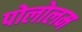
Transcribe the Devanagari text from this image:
पोलोलम